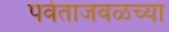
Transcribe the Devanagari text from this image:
पर्वताजवळच्या